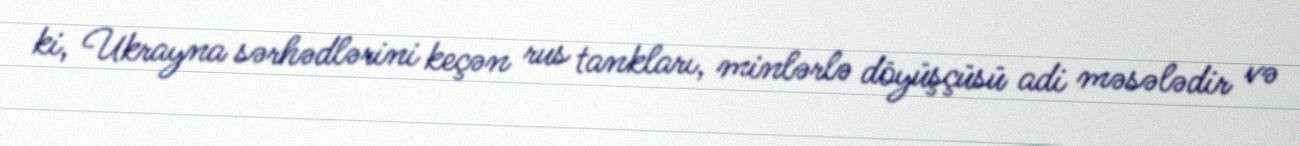
ki, Ukrayna sərhədlərini keçən rus tankları, minlərlə döyüşçüsü adi məsələdir və